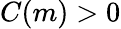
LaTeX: C(m)>0